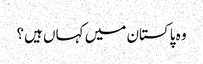
وہ پاکستان میں کہاں ہیں؟